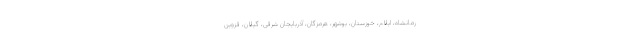
رمانشاه، ایلام، خوزستان، بوشهر، هرمزگان، آذربایجان شرقی، گیلان، قزوین